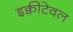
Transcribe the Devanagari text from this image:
इक्वीटेवल